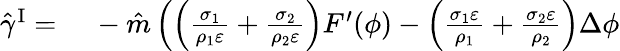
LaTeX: \begin{array}{rl}{\hat{\gamma}^{\mathrm{I}}=}&{{}~-\hat{m}\left(\left(\frac{\sigma_{1}}{\rho_{1}\varepsilon}+\frac{\sigma_{2}}{\rho_{2}\varepsilon}\right)F^{\prime}(\phi)-\left(\frac{\sigma_{1}\varepsilon}{\rho_{1}}+\frac{\sigma_{2}\varepsilon}{\rho_{2}}\right)\Delta\phi\right.}\end{array}